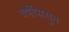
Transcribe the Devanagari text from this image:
वर्षीपासुन